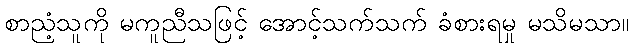
စာညံ့သူကို မကူညီသဖြင့် အောင့်သက်သက် ခံစားရမှု မသိမသာ။